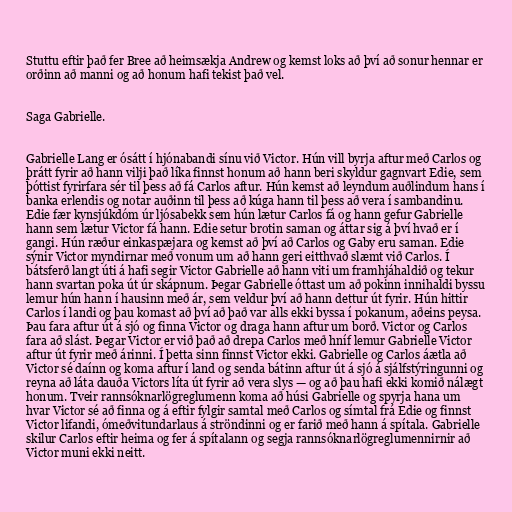
Stuttu eftir það fer Bree að heimsækja Andrew og kemst loks að því að sonur hennar er
orðinn að manni og að honum hafi tekist það vel.

Saga Gabrielle.

Gabrielle Lang er ósátt í hjónabandi sínu við Victor. Hún vill byrja aftur með Carlos og
þrátt fyrir að hann vilji það líka finnst honum að hann beri skyldur gagnvart Edie, sem
þóttist fyrirfara sér til þess að fá Carlos aftur. Hún kemst að leyndum auðlindum hans í
banka erlendis og notar auðinn til þess að kúga hann til þess að vera í sambandinu.
Edie fær kynsjúkdóm úr ljósabekk sem hún lætur Carlos fá og hann gefur Gabrielle
hann sem lætur Victor fá hann. Edie setur brotin saman og áttar sig á því hvað er í
gangi. Hún ræður einkaspæjara og kemst að því að Carlos og Gaby eru saman. Edie
sýnir Victor myndirnar með vonum um að hann geri eitthvað slæmt við Carlos. Í
bátsferð langt úti á hafi segir Victor Gabrielle að hann viti um framhjáhaldið og tekur
hann svartan poka út úr skápnum. Þegar Gabrielle óttast um að pokinn innihaldi byssu
lemur hún hann í hausinn með ár, sem veldur því að hann dettur út fyrir. Hún hittir
Carlos í landi og þau komast að því að það var alls ekki byssa í pokanum, aðeins peysa.
Þau fara aftur út á sjó og finna Victor og draga hann aftur um borð. Victor og Carlos
fara að slást. Þegar Victor er við það að drepa Carlos með hníf lemur Gabrielle Victor
aftur út fyrir með árinni. Í þetta sinn finnst Victor ekki. Gabrielle og Carlos áætla að
Victor sé daínn og koma aftur í land og senda bátinn aftur út á sjó á sjálfstýringunni og
reyna að láta dauða Victors líta út fyrir að vera slys — og að þau hafi ekki komið nálægt
honum. Tveir rannsóknarlögreglumenn koma að húsi Gabrielle og spyrja hana um
hvar Victor sé að finna og á eftir fylgir samtal með Carlos og símtal frá Edie og finnst
Victor lifandi, ómeðvitundarlaus á ströndinni og er farið með hann á spítala. Gabrielle
skilur Carlos eftir heima og fer á spítalann og segja rannsóknarlögreglumennirnir að
Victor muni ekki neitt.